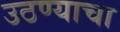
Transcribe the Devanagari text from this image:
उठण्याचा